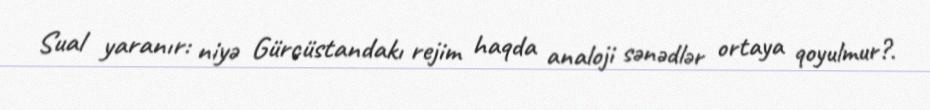
Sual yaranır: niyə Gürcüstandakı rejim haqda analoji sənədlər ortaya qoyulmur?.